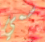
سمي